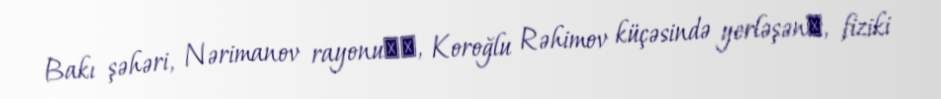
Bakı şəhəri, Nərimanov rayonu‎‎, Koroğlu Rəhimov küçəsində yerləşən‎, fiziki